Scientific memoirs by medical officers of the Army of India - Part I,
Year: 1884
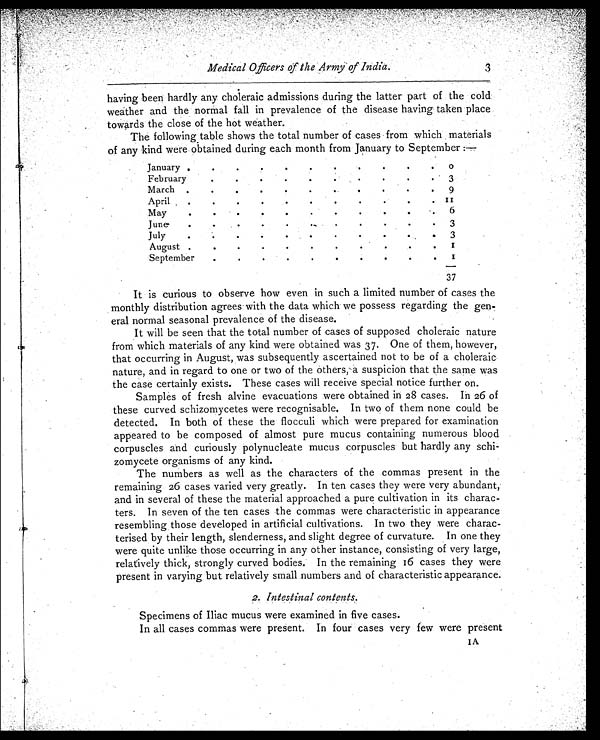
Medical Officers of the Army of India.
3
having been hardly any choleraic admissions during the latter part of the cold
weather and the normal fall in prevalence of the disease having taken place
towards the close of the hot weather.
The following table shows the total number of cases from which materials
of any kind were obtained during each month from January to September :—
January
.
. .
.
. . .
.
.
.
0
February
.
.
.
.
.
. .
.
.
.
3
March
.
.
.
.
.
. .
.
.
.
9
April
.
.
. . .
.
.
.
.
. 1 1
May
.
.
.
.
.
.
.
.
.
.
6
June
.
.
.
.
.
•
.
.
.
.
3
July
.
.
.
.
.
.
.
.
.
3
August
•
.
.
.
.
.
.
.
.
.
1
September
.
.
.
.
.
.
.
.
.
.
I
3 7
It is curious to observe how even in such a limited number of cases the
monthly distribution agrees with the data which we possess regarding the gen-
eral normal seasonal prevalence of the disease.
It will be seen that the total number of cases of supposed choleraic nature
from which materials of any kind were obtained was 37. One of them, however,
that occurring in August, was subsequently ascertained not to be of a choleraic
nature, and in regard to one or two of the others, a suspicion that the same was
the case certainly exists. These cases will receive special notice further on.
Samples of fresh alvine evacuations were obtained in 28 cases. In 26 of
these curved schizomycetes were recognisable. In two of them none could be
detected. In both of these the flocculi which were prepared for examination
appeared to be composed of almost pure mucus containing numerous blood
corpuscles and curiously polynucleate mucus corpuscles but hardly any schi-
zomycete organisms of any kind.
The numbers as well as the characters of the commas present in the
remaining 26 cases varied very greatly. In ten cases they were very abundant,
and in several of these the material approached a pure cultivation in its charac-
ters. In seven of the ten cases the commas were characteristic in appearance
resembling , those developed in artificial cultivations. In two they were charac-
terised by their length, slenderness, and slight degree of curvature. In one they
were quite unlike those occurring in any other instance, consisting of very large,
relatively thick, strongly curved bodies. In the remaining 16 cases they were
present in varying but relatively small numbers and of characteristic appearance.
2. Intestinal contents.
Specimens of Iliac mucus were examined in five cases.
In all cases commas were present. In four cases very few were present
IA